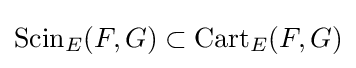
{\text{Scin}}_{E}(F,G)\subset {\text{Cart}}_{E}(F,G)